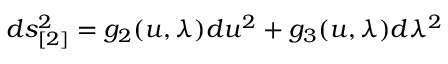
d s _ { [ 2 ] } ^ { 2 } = g _ { 2 } ( u , \lambda ) d u ^ { 2 } + g _ { 3 } ( u , \lambda ) d \lambda ^ { 2 }